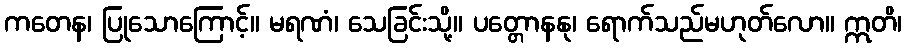
ကတေန၊ ပြုသောကြောင့်။ မရဏံ၊ သေခြင်းသို့။ ပတ္တောနနု၊ ရောက်သည်မဟုတ်လော။ ဣတိ၊